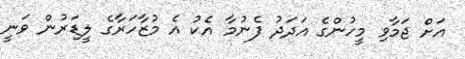
އަށް ޖަމާވި މީހުންގެ އަދަދު ފެނުމާ އެކު އެ މުޒާހަރާގެ ލީޑަރުން ވަނީ